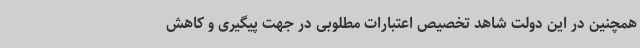
همچنین در این دولت شاهد تخصیص اعتبارات مطلوبی در جهت پیگیری و کاهش